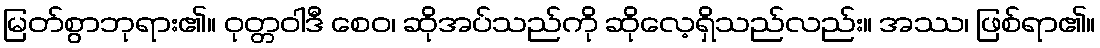
မြတ်စွာဘုရား၏။ ဝုတ္တဝါဒီ စေဝ၊ ဆိုအပ်သည်ကို ဆိုလေ့ရှိသည်လည်း။ အဿ၊ ဖြစ်ရာ၏။